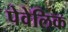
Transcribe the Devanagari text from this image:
पेवेलिक